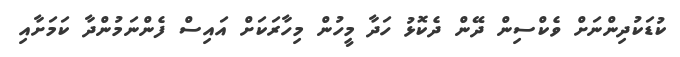
ކުޑަކުދިންނަށް ވެކްސިން ދޭން ދެކޮޅު ހަދާ މީހުން މިހާރަކަށް އައިސް ފެންނަމުންދާ ކަމަށާއި